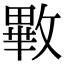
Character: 㪤